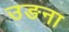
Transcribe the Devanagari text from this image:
उङना